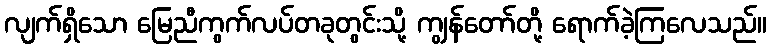
လျက်ရှိသော မြေညီကွက်လပ်တခုတွင်းသို့ ကျွန်တော်တို့ ရောက်ခဲ့ကြလေသည်။